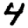
Digit: 4